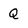
Character: Q